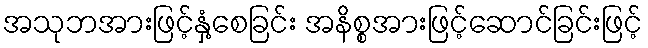
အသုဘအားဖြင့်နှံ့စေခြင်း အနိစ္စအားဖြင့်ဆောင်ခြင်းဖြင့်